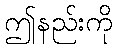
ဤနည်းကို